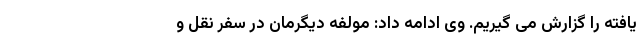
یافته را گزارش می گیریم. وی ادامه داد: مولفه دیگرمان در سفر نقل و